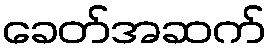
ခေတ်အဆက်